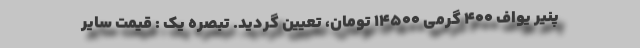
پنیر یواف 400 گرمی 14500 تومان، تعیین گردید. تبصره یک : قیمت سایر